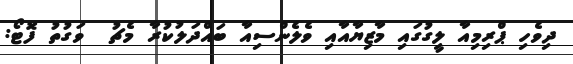
ދިވެހި ޕްރިމިއާ ލީގުގައި މާޒިޔާއާއި ވެލެންސިއާ ބައްދަލުކުރާ މެޗު  ވަގުތު ފޮޓޯ: